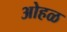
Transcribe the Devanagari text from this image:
ओहळ